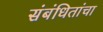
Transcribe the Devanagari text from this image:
संबंधितांचा